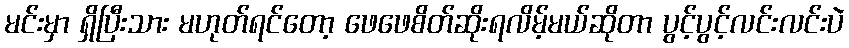
မင်းမှာ ရှိပြီးသား မဟုတ်ရင်တော့ ဖေဖေစိတ်ဆိုးရလိမ့်မယ်ဆိုတာ ပွင့်ပွင့်လင်းလင်းပဲ